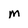
Character: m